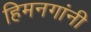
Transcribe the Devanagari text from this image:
हिमनगांनी